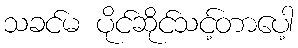
သခင်မ ပိုင်ဆိုင်သင့်တာပေါ့